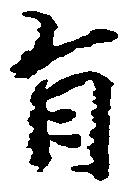
旨